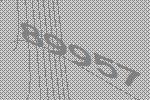
89957